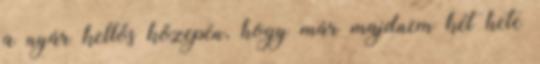
a nyár kellős közepén, hogy már majdnem két hete